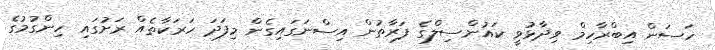
ހަސަން އިބްރާހިމް ވިދާޅުވީ ކައުންސިލްގެ ފަރާތުން އިސްނަގައިގެން މިފަދަ ހަރަކާތެއް ރަށުގައި ހިންގުމުގެ